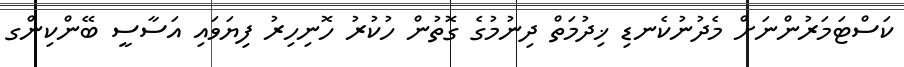
ކަސްޓަމަރުންނަށް މެދުނުކެނޑި ޚިދުމަތް ދިނުމުގެ ގޮތުން ހުކުރު ހޮނިހިރު ފިޔަވައި އަސާސީ ބޭންކިންގ